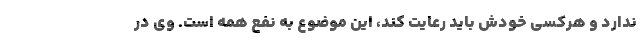
ندارد و هرکسی خودش باید رعایت کند، این موضوع به نفع همه است. وی در